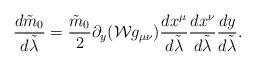
\begin{align*}{{d\tilde{m}_0}\over{d\tilde{\lambda}}}={{\tilde{m}_0}\over{2}}\partial_y({\cal W}g_{\mu\nu}){{dx^{\mu}}\over{d\tilde{\lambda}}}{{dx^{\nu}}\over{d\tilde{\lambda}}}{{dy}\over{d\tilde{\lambda}}}.\end{align*}